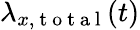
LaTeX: \lambda_{x,\mathrm{~t~o~t~a~l~}}(t)